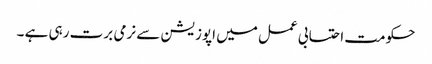
حکومت احتسابی عمل میں اپوزیشن سے نرمی برت رہی ہے ۔